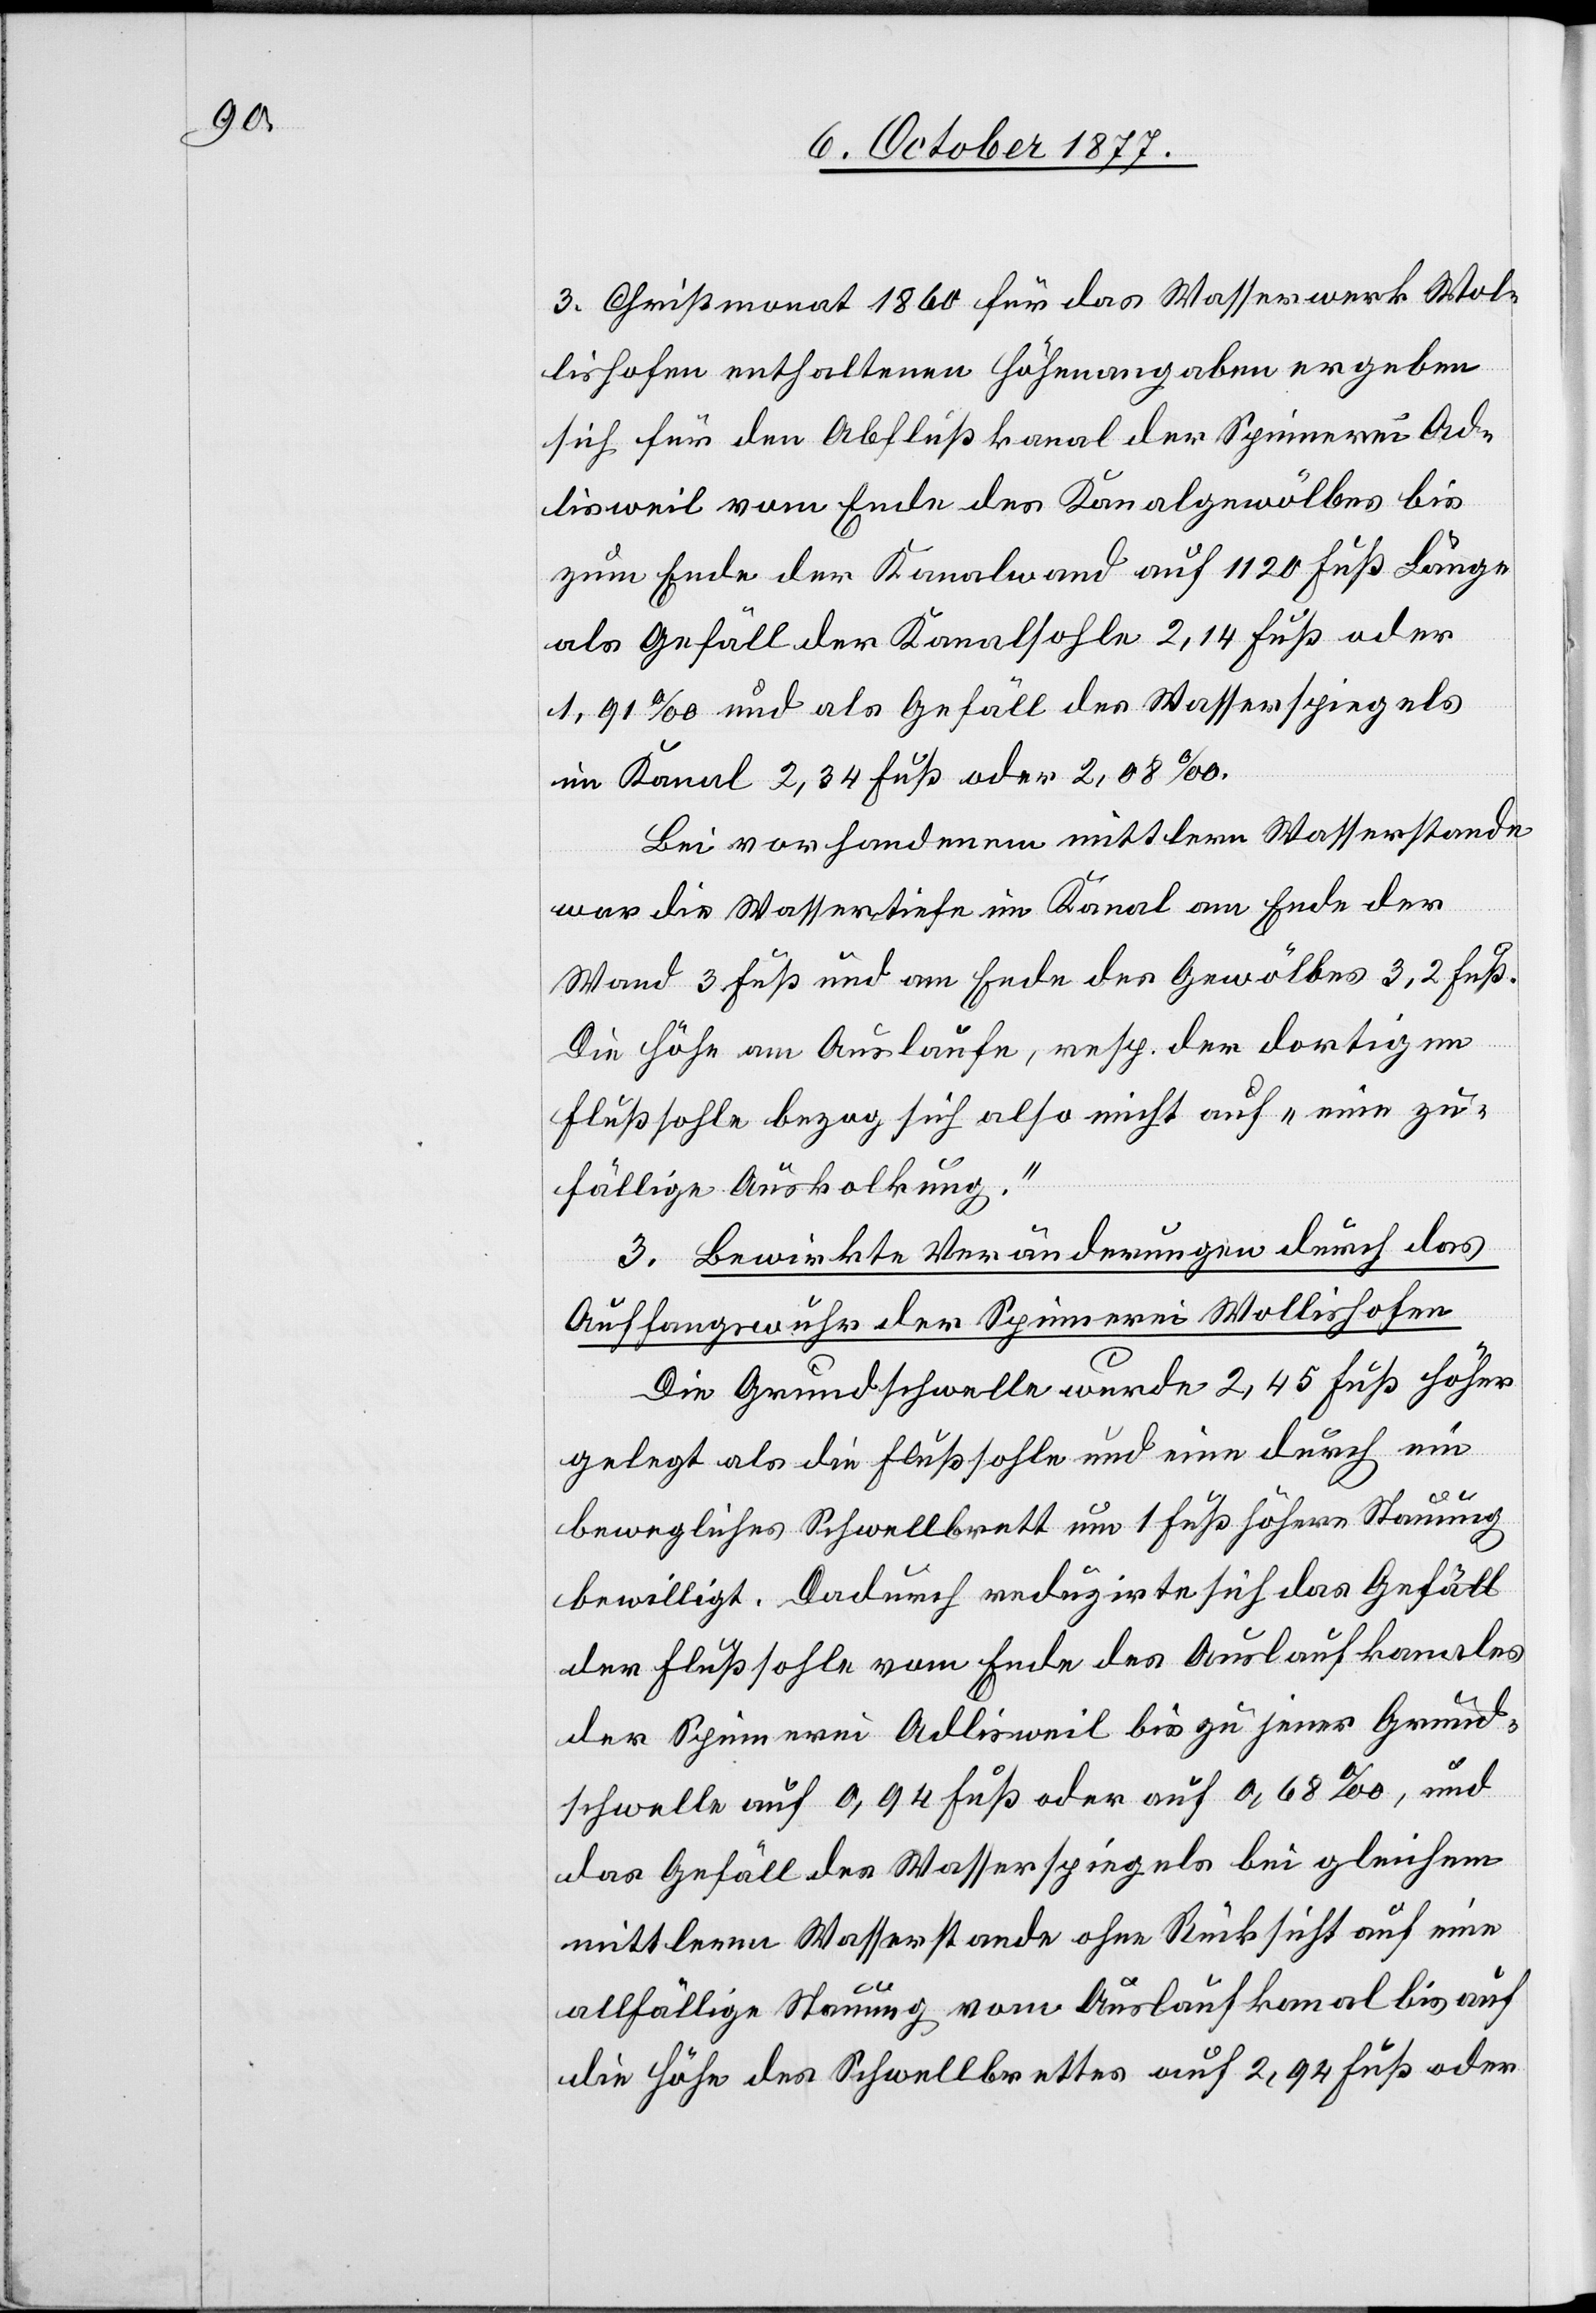
3. Christmonat 1860 für das Wasserwerk Wol¬
lishofen enthaltenen Höhenangaben ergeben
sich für den Abflußkanal der Spinnerei Ad¬
lisweil vom Ende des Kanalgewölbes bis
zum Ende der Kanalwand auf 1120 Fuß Länge
als Gefäll der Kanalsohle 2,14 Fuß oder
1,91‰ und als Gefäll des Wasserspiegels
im Kanal 2,34 Fuß oder 2,08‰.
Bei vorhandenem mittlern Wasserstande
war die Wassertiefe im Kanal am Ende der
Wand 3 Fuß und am Ende des Gewölbes 3,2 Fuß.
Die Höhe am Auslaufe, resp. der dortigen
Flußsohle bezog sich also nicht auf „eine zu¬
fällige Auskolkung“.
3. Bewirkte Veränderungen durch das
Auffangswuhr der Spinnerei Wollishofen.
Die Grundschwelle wurde 2,45 Fuß höher
gelegt als die Flußsohle und eine durch ein
bewegliches Schwellbrett um 1 Fuß höhere Stauung
bewilligt. Dadurch reduzirte sich das Gefäll
der Flußsohle vom Ende des Auslaufkanales
der Spinnerei Adlisweil bis zu jener Grund¬
schwelle auf 0,94 Fuß oder auf 0,68‰, und
das Gefäll des Wasserspiegels bei gleichem
mittlerm Wasserstande ohne Rücksicht auf eine
allfällige Stauung vom Auslaufkanal bis auf
die Höhe des Schwellbrettes auf 2,94 Fuß oder